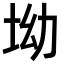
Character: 坳